Civil Veterinary Department Bihar & Orissa reports 1929-36 - 1929-1936
Year: 1929
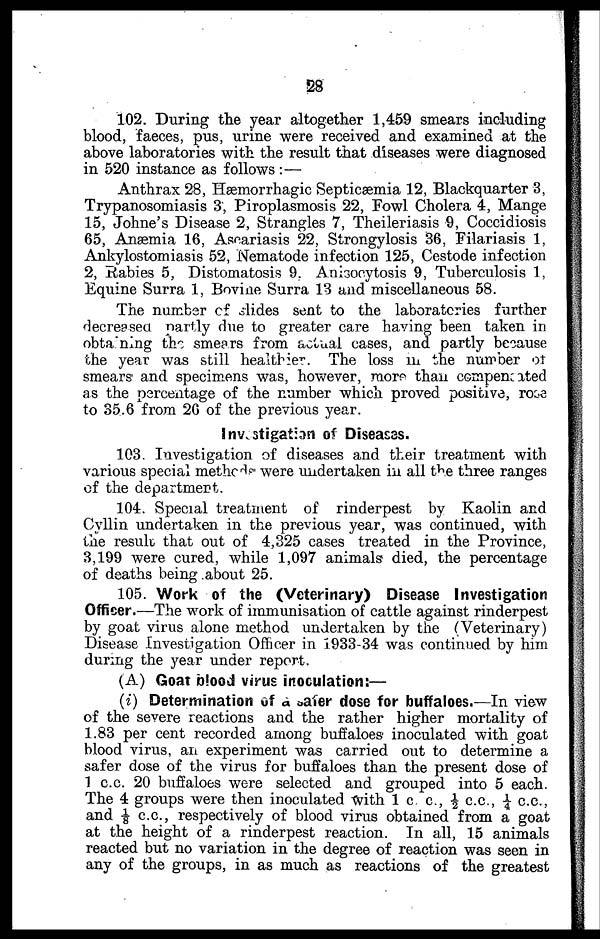
28
102. During the year altogether 1,459 smears including
blood, faeces, pus, urine were received and examined at the
above laboratories with the result that diseases were diagnosed
in 520 instance as follows : —
Anthrax 28, Hæmorrhagic Septicæmia 12, Blackquarter 3,
Trypanosomiasis 3, Piroplasmosis 22, Fowl Cholera 4, Mange
15, Johne's Disease 2, Strangles 7, Theileriasis 9, Coccidiosis
65, Anæmia 16, Aseariasis 22, Strongylosis 36, Filariasis 1,
Ankylostomiasis 52, Nematode infection 125, Cestode infection
2, Rabies 5, Distomatosis 9. Aniscoytosis 9, Tuberculosis 1,
Equine Surra 1, Bovine Surra 13 and miscellaneous 58.
The number of slides sent to the laboratories further
decresea partly due to greater care having been taken in
obtaining the smears from actual cases, and partly because
the year was still healthier. The loss in the number of
smears and specimens was, however, more than compencated
as the percentage of the number which proved positive, rose
to 35.6 from 26 of the previous year.
Investigation of Diseases.
103. Investigation of diseases and their treatment with
various special methods were undertaken in all the three ranges
of the department.
104. Special treatment of rinderpest by Kaolin and
Cyllin undertaken in the previous year, was continued, with
the result that out of 4,325 cases treated in the Province,
3,199 were cured, while 1,097 animals died, the percentage
of deaths being about 25.
105. Work of the (Veterinary) Disease Investigation
Officer.—The work of immunisation of cattle against rinderpest
by goat virus alone method undertaken by the (Veterinary)
Disease Investigation Officer in 1933-34 was continued by him
during the year under report.
(A) Goat blood virus inoculation:—
(i) Determination of a safer dose for buffaloes.—In view
of the severe reactions and the rather higher mortality of
1.83 per cent recorded among buffaloes inoculated with goat
blood virus, an experiment was carried out to determine a
safer dose of the virus for buffaloes than the present dose of
1 c.c. 20 buffaloes were selected and grouped into 5 each.
The 4 groups were then inoculated with 1 c c.,½ c.c, 1/4 c.c,
and 1/8 c.c, respectively of blood virus obtained from a goat
at the height of a rinderpest reaction. In all, 15 animals
reacted but no variation in the degree of reaction was seen in
any of the groups, in as much as reactions of the greatest